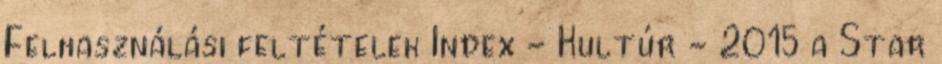
Felhasználási feltételek Index - Kultúr - 2015 a Star